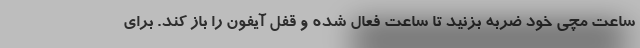
ساعت مچی خود ضربه بزنید تا ساعت فعال شده و قفل آیفون را باز کند. برای